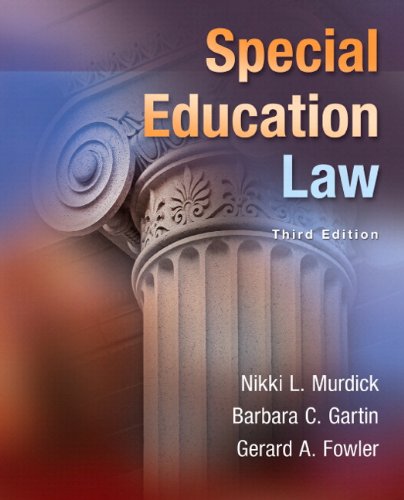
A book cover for Special Education Law, Pearson eText with Loose-Leaf Version -- Access Card Package (3rd Edition); Nikki L. Murdick; Law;